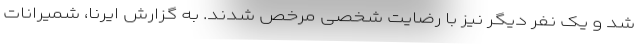
شد و یک نفر دیگر نیز با رضایت شخصی مرخص شدند. به گزارش ایرنا، شمیرانات